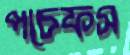
পচেফস